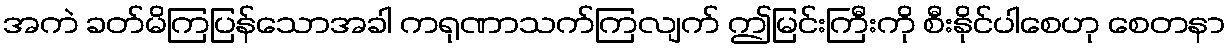
အကဲ ခတ်မိကြပြန်သောအခါ ကရုဏာသက်ကြလျက် ဤမြင်းကြီးကို စီးနိုင်ပါစေဟု စေတနာ